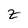
Character: Z